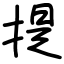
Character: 提